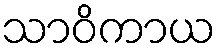
သာဝိကာယ